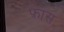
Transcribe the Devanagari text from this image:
फ़ास